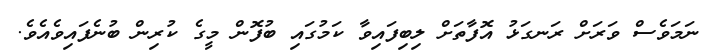
ނަމަވެސް ވަރަށް ރަނގަޅު އޮފާތަށް ލިބިފައިވާ ކަމުގައި ބުފޮން މީގެ ކުރިން ބުނެފައިވެއެވެ.